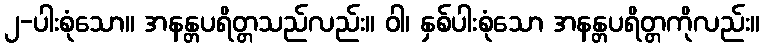
၂-ပါးစုံသော။ အနန္တပရိတ္တသည်လည်း။ ဝါ၊ နှစ်ပါးစုံသော အနန္တပရိတ္တကိုလည်း။